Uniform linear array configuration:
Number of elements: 48
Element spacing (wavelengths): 1
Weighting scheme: binomial
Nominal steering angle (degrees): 15
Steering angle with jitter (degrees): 16.979
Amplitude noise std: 0.05
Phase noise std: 0.05

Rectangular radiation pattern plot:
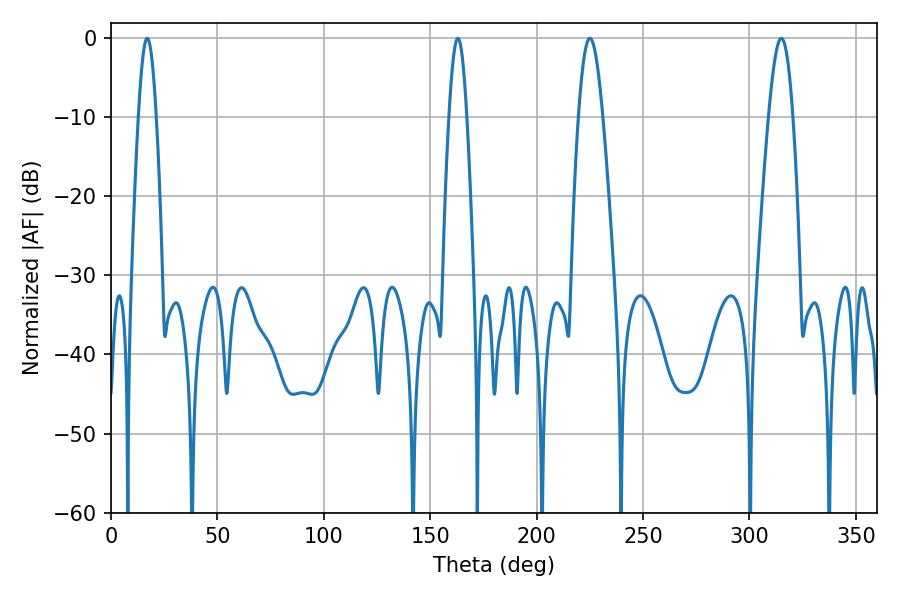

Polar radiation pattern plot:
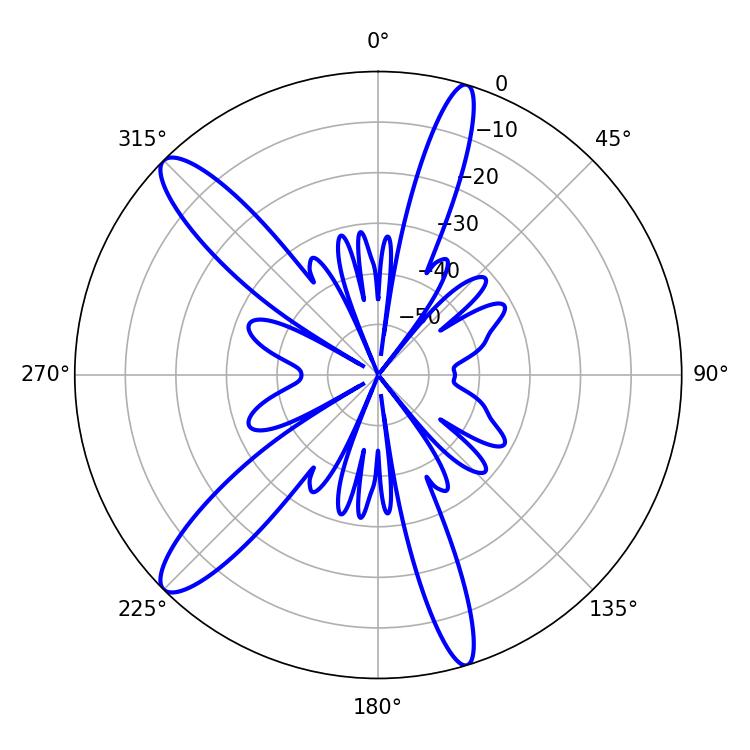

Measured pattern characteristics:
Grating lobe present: TRUE
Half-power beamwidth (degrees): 6.12
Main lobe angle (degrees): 225